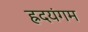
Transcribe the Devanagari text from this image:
ह्रदयंगम